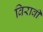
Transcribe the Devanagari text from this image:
विरावी